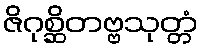
ဇိဂုစ္ဆိတဗ္ဗသုတ္တံ